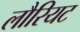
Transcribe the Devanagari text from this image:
लौरियट